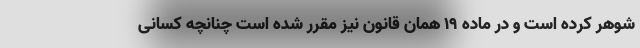
شوهر کرده است و در ماده ۱۹ همان قانون نیز مقرر شده است چنانچه کسانی